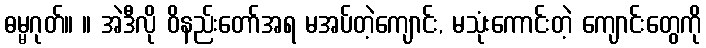
ဓမ္မဂုတ်။ ။ အဲဒီလို ဝိနည်းတော်အရ မအပ်တဲ့ကျောင်း, မသုံးကောင်းတဲ့ ကျောင်းတွေကို